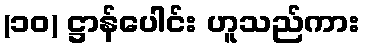
(၁၀) ဋ္ဌာန်ပေါင်း ဟူသည်ကား